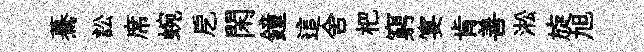
驀訟席蜿戹閑鐘這舍杷窮宴肯善淞旋旭